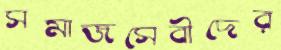
সমাজসেবীদের